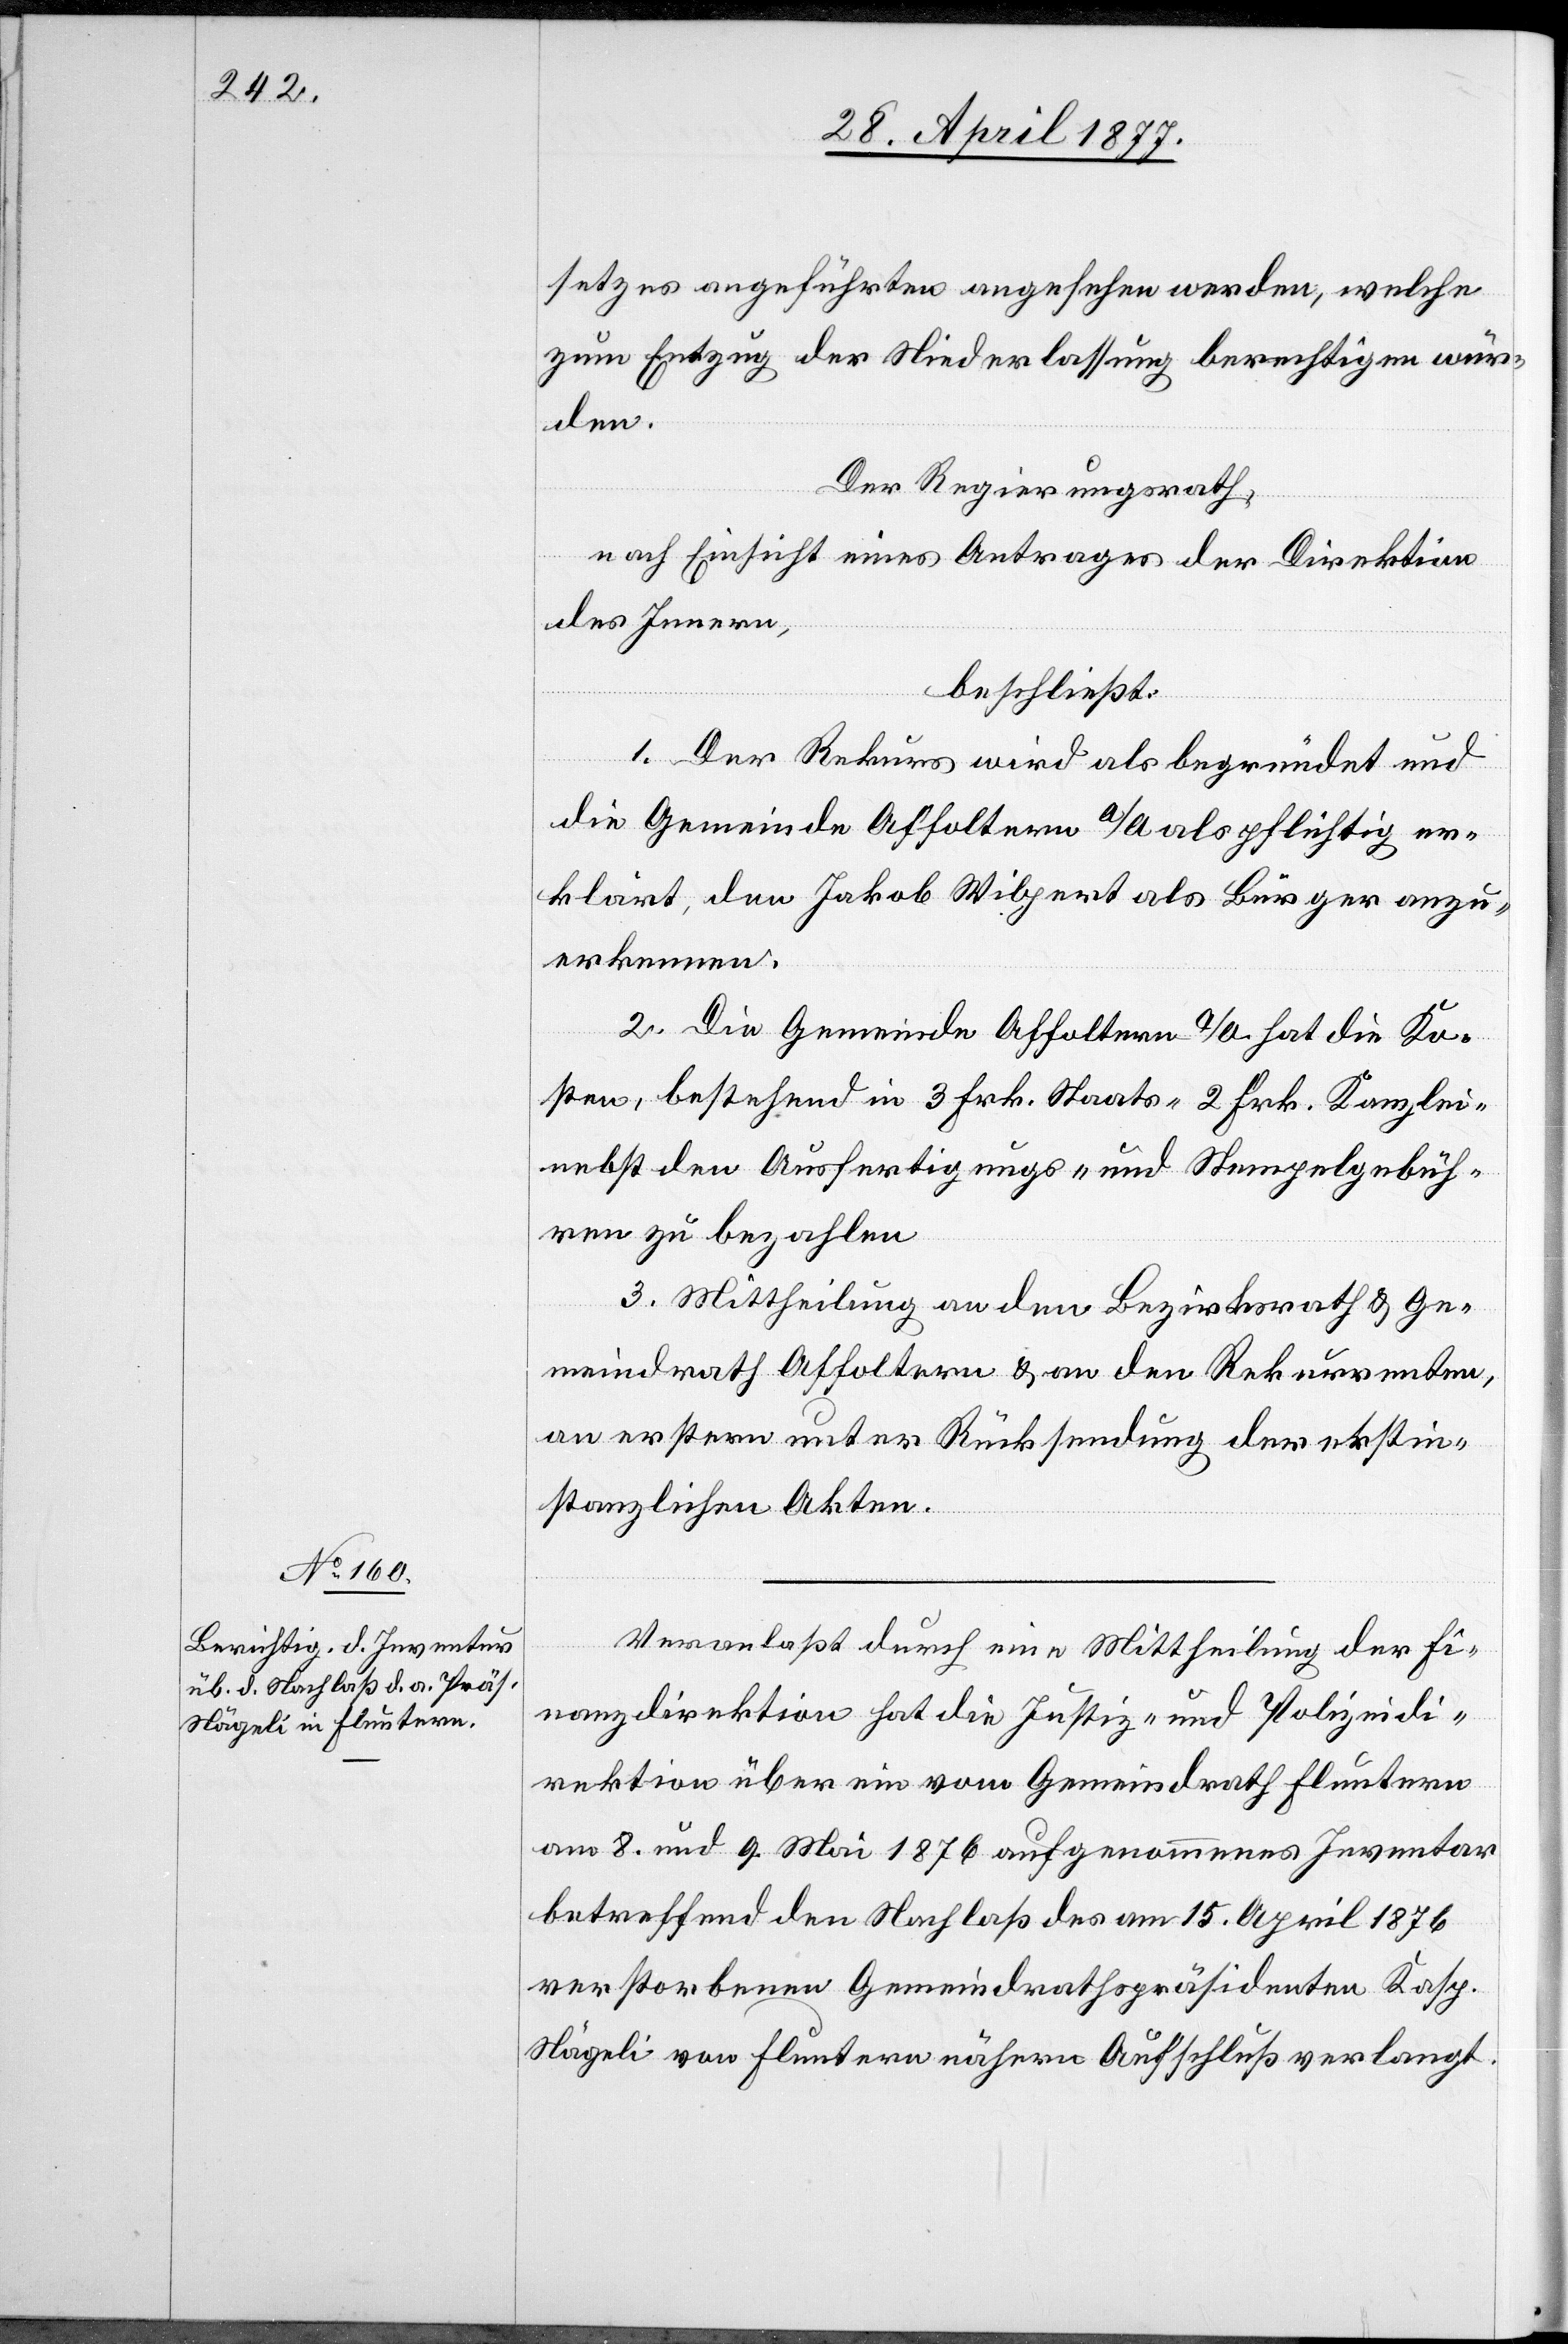
setzes angeführten angesehen werden, welche
zum Entzug der Niederlassung berechtigen wür¬
den.
Der Regierungsrath,
nach Einsicht eines Antrages der Direktion
des Innern,
beschließt:
1. Der Rekurs wird als begründet und
die Gemeinde Affoltern a/A. als pflichtig er¬
klärt, den Jakob Wilpert als Bürger anzu¬
erkennen.
2. Die Gemeinde Affoltern a/A. hat die Ko¬
sten, bestehend in 3 Frk. Staats- 2 Frk. Kanzlei-
nebst den Ausfertigungs- und Stempelgebüh¬
ren zu bezahlen.
3. Mittheilung an den Bezirksrath & Ge¬
meindrath Affoltern & an den Rekurrenten,
an erstern unter Rücksendung der erstin¬
stanzlichen Akten.
Veranlaßt durch eine Mittheilung der Fi¬
nanzdirektion hat die Justiz- und Polizeidi¬
rektion über ein vom Gemeindrath Fluntern
am 8. und 9. Mai 1876 aufgenommenes Inventar
betreffend den Nachlaß des am 15. April 1876
verstorbenen Gemeindrathspräsidenten Kasp.
Nägeli von Fluntern nähern Aufschluß verlangt.